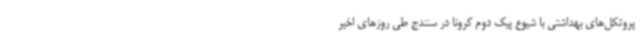
پروتکل‌های بهداشتی با شیوع پیک دوم کرونا در سنندج طی روزهای اخیر